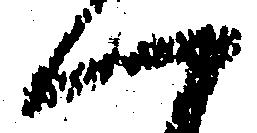
一